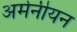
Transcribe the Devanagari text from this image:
अर्मेनीयन